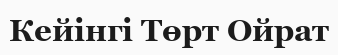
Кейінгі Төрт Ойрат